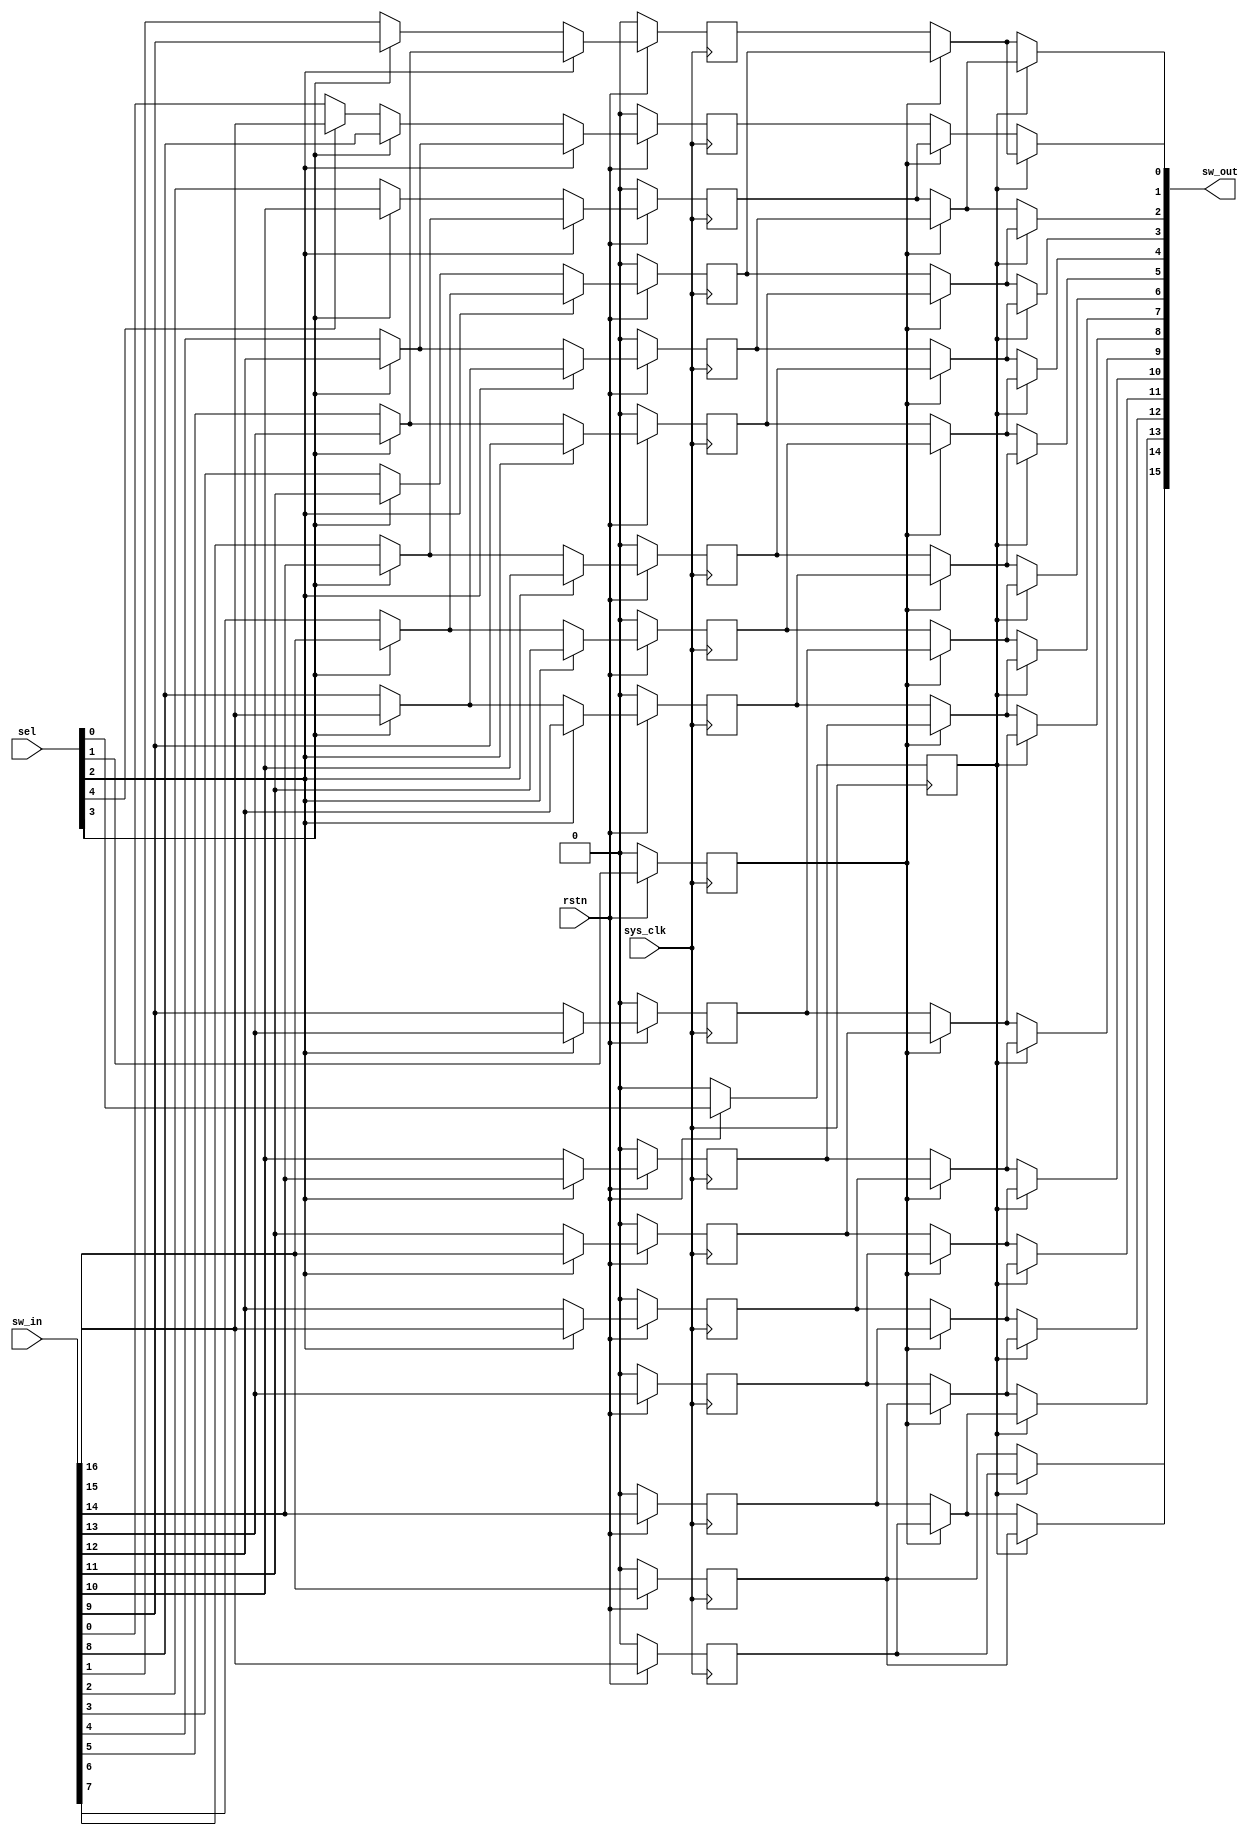
module qsn_left_len17 (
	output wire [15:0] sw_out,

	input wire [16:0] sw_in,
	input wire [4:0] sel,
	input wire sys_clk,
	input wire rstn
);

	// Multiplexer Stage 4
	wire [0:0] mux_stage_4;
	assign mux_stage_4[0] = (sel[4] == 1'b1) ? sw_in[16] : sw_in[0];

	// Multiplexer Stage 3
	wire [8:0] mux_stage_3;
	assign mux_stage_3[0] = (sel[3] == 1'b1) ? sw_in[8] : mux_stage_4[0];
	assign mux_stage_3[1] = (sel[3] == 1'b1) ? sw_in[9] : sw_in[1];
	assign mux_stage_3[2] = (sel[3] == 1'b1) ? sw_in[10] : sw_in[2];
	assign mux_stage_3[3] = (sel[3] == 1'b1) ? sw_in[11] : sw_in[3];
	assign mux_stage_3[4] = (sel[3] == 1'b1) ? sw_in[12] : sw_in[4];
	assign mux_stage_3[5] = (sel[3] == 1'b1) ? sw_in[13] : sw_in[5];
	assign mux_stage_3[6] = (sel[3] == 1'b1) ? sw_in[14] : sw_in[6];
	assign mux_stage_3[7] = (sel[3] == 1'b1) ? sw_in[15] : sw_in[7];
	assign mux_stage_3[8] = (sel[3] == 1'b1) ? sw_in[16] : sw_in[8];

	// Multiplexer Stage 2
	reg [12:0] mux_stage_2;
	always @(posedge sys_clk) begin if(!rstn) mux_stage_2[0] <= 0; else if(sel[2] == 1'b1) mux_stage_2[0] <= mux_stage_3[4]; else mux_stage_2[0] <= mux_stage_3[0]; end
	always @(posedge sys_clk) begin if(!rstn) mux_stage_2[1] <= 0; else if(sel[2] == 1'b1) mux_stage_2[1] <= mux_stage_3[5]; else mux_stage_2[1] <= mux_stage_3[1]; end
	always @(posedge sys_clk) begin if(!rstn) mux_stage_2[2] <= 0; else if(sel[2] == 1'b1) mux_stage_2[2] <= mux_stage_3[6]; else mux_stage_2[2] <= mux_stage_3[2]; end
	always @(posedge sys_clk) begin if(!rstn) mux_stage_2[3] <= 0; else if(sel[2] == 1'b1) mux_stage_2[3] <= mux_stage_3[7]; else mux_stage_2[3] <= mux_stage_3[3]; end
	always @(posedge sys_clk) begin if(!rstn) mux_stage_2[4] <= 0; else if(sel[2] == 1'b1) mux_stage_2[4] <= mux_stage_3[8]; else mux_stage_2[4] <= mux_stage_3[4]; end
	always @(posedge sys_clk) begin if(!rstn) mux_stage_2[5] <= 0; else if(sel[2] == 1'b1) mux_stage_2[5] <= sw_in[9]; else mux_stage_2[5] <= mux_stage_3[5]; end
	always @(posedge sys_clk) begin if(!rstn) mux_stage_2[6] <= 0; else if(sel[2] == 1'b1) mux_stage_2[6] <= sw_in[10]; else mux_stage_2[6] <= mux_stage_3[6]; end
	always @(posedge sys_clk) begin if(!rstn) mux_stage_2[7] <= 0; else if(sel[2] == 1'b1) mux_stage_2[7] <= sw_in[11]; else mux_stage_2[7] <= mux_stage_3[7]; end
	always @(posedge sys_clk) begin if(!rstn) mux_stage_2[8] <= 0; else if(sel[2] == 1'b1) mux_stage_2[8] <= sw_in[12]; else mux_stage_2[8] <= mux_stage_3[8]; end
	always @(posedge sys_clk) begin if(!rstn) mux_stage_2[9] <= 0; else if(sel[2] == 1'b1) mux_stage_2[9] <= sw_in[13]; else mux_stage_2[9] <= sw_in[9]; end
	always @(posedge sys_clk) begin if(!rstn) mux_stage_2[10] <= 0; else if(sel[2] == 1'b1) mux_stage_2[10] <= sw_in[14]; else mux_stage_2[10] <= sw_in[10]; end
	always @(posedge sys_clk) begin if(!rstn) mux_stage_2[11] <= 0; else if(sel[2] == 1'b1) mux_stage_2[11] <= sw_in[15]; else mux_stage_2[11] <= sw_in[11]; end
	always @(posedge sys_clk) begin if(!rstn) mux_stage_2[12] <= 0; else if(sel[2] == 1'b1) mux_stage_2[12] <= sw_in[16]; else mux_stage_2[12] <= sw_in[12]; end

	reg sw_in_13_reg0; 	always @(posedge sys_clk) begin if(!rstn) sw_in_13_reg0 <= 0; else sw_in_13_reg0 <= sw_in[13]; end
	reg sw_in_14_reg0; 	always @(posedge sys_clk) begin if(!rstn) sw_in_14_reg0 <= 0; else sw_in_14_reg0 <= sw_in[14]; end
	reg sw_in_15_reg0; 	always @(posedge sys_clk) begin if(!rstn) sw_in_15_reg0 <= 0; else sw_in_15_reg0 <= sw_in[15]; end
	reg sw_in_16_reg0; 	always @(posedge sys_clk) begin if(!rstn) sw_in_16_reg0 <= 0; else sw_in_16_reg0 <= sw_in[16]; end

	reg sel_1_reg0;
	always @(posedge sys_clk) begin if(!rstn) sel_1_reg0 <= 0; else sel_1_reg0 <= sel[1]; end	

	// Multiplexer Stage 1
	wire [14:0] mux_stage_1;
	assign mux_stage_1[0] = (sel_1_reg0 == 1'b1) ? mux_stage_2[2] : mux_stage_2[0];
	assign mux_stage_1[1] = (sel_1_reg0 == 1'b1) ? mux_stage_2[3] : mux_stage_2[1];
	assign mux_stage_1[2] = (sel_1_reg0 == 1'b1) ? mux_stage_2[4] : mux_stage_2[2];
	assign mux_stage_1[3] = (sel_1_reg0 == 1'b1) ? mux_stage_2[5] : mux_stage_2[3];
	assign mux_stage_1[4] = (sel_1_reg0 == 1'b1) ? mux_stage_2[6] : mux_stage_2[4];
	assign mux_stage_1[5] = (sel_1_reg0 == 1'b1) ? mux_stage_2[7] : mux_stage_2[5];
	assign mux_stage_1[6] = (sel_1_reg0 == 1'b1) ? mux_stage_2[8] : mux_stage_2[6];
	assign mux_stage_1[7] = (sel_1_reg0 == 1'b1) ? mux_stage_2[9] : mux_stage_2[7];
	assign mux_stage_1[8] = (sel_1_reg0 == 1'b1) ? mux_stage_2[10] : mux_stage_2[8];
	assign mux_stage_1[9] = (sel_1_reg0 == 1'b1) ? mux_stage_2[11] : mux_stage_2[9];
	assign mux_stage_1[10] = (sel_1_reg0 == 1'b1) ? mux_stage_2[12] : mux_stage_2[10];
	assign mux_stage_1[11] = (sel_1_reg0 == 1'b1) ? sw_in_13_reg0 : mux_stage_2[11];
	assign mux_stage_1[12] = (sel_1_reg0 == 1'b1) ? sw_in_14_reg0 : mux_stage_2[12];
	assign mux_stage_1[13] = (sel_1_reg0 == 1'b1) ? sw_in_15_reg0 : sw_in_13_reg0;
	assign mux_stage_1[14] = (sel_1_reg0 == 1'b1) ? sw_in_16_reg0 : sw_in_14_reg0;


	reg sel_0_reg0;
	always @(posedge sys_clk) begin if(!rstn) sel_0_reg0 <= 0; else sel_0_reg0 <= sel[0]; end	

	// Multiplexer Stage 0
	wire [15:0] mux_stage_0;
	assign mux_stage_0[0] = (sel_0_reg0 == 1'b1) ? mux_stage_1[1] : mux_stage_1[0];
	assign mux_stage_0[1] = (sel_0_reg0 == 1'b1) ? mux_stage_1[2] : mux_stage_1[1];
	assign mux_stage_0[2] = (sel_0_reg0 == 1'b1) ? mux_stage_1[3] : mux_stage_1[2];
	assign mux_stage_0[3] = (sel_0_reg0 == 1'b1) ? mux_stage_1[4] : mux_stage_1[3];
	assign mux_stage_0[4] = (sel_0_reg0 == 1'b1) ? mux_stage_1[5] : mux_stage_1[4];
	assign mux_stage_0[5] = (sel_0_reg0 == 1'b1) ? mux_stage_1[6] : mux_stage_1[5];
	assign mux_stage_0[6] = (sel_0_reg0 == 1'b1) ? mux_stage_1[7] : mux_stage_1[6];
	assign mux_stage_0[7] = (sel_0_reg0 == 1'b1) ? mux_stage_1[8] : mux_stage_1[7];
	assign mux_stage_0[8] = (sel_0_reg0 == 1'b1) ? mux_stage_1[9] : mux_stage_1[8];
	assign mux_stage_0[9] = (sel_0_reg0 == 1'b1) ? mux_stage_1[10] : mux_stage_1[9];
	assign mux_stage_0[10] = (sel_0_reg0 == 1'b1) ? mux_stage_1[11] : mux_stage_1[10];
	assign mux_stage_0[11] = (sel_0_reg0 == 1'b1) ? mux_stage_1[12] : mux_stage_1[11];
	assign mux_stage_0[12] = (sel_0_reg0 == 1'b1) ? mux_stage_1[13] : mux_stage_1[12];
	assign mux_stage_0[13] = (sel_0_reg0 == 1'b1) ? mux_stage_1[14] : mux_stage_1[13];
	assign mux_stage_0[14] = (sel_0_reg0 == 1'b1) ? sw_in_15_reg0 : mux_stage_1[14];
	assign mux_stage_0[15] = (sel_0_reg0 == 1'b1) ? sw_in_16_reg0 : sw_in_15_reg0;

	assign sw_out[15:0] = mux_stage_0[15:0];
endmodule